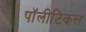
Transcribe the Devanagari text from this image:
पॉलीटिकल